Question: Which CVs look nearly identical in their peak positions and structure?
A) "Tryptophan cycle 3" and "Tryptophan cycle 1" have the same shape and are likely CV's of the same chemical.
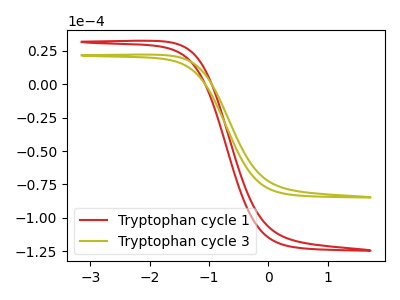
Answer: <think>The red curve "Tryptophan cycle 1" has no peaks. The olive curve "Tryptophan cycle 3" has no peaks.
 Neither "Tryptophan cycle 1" or "Tryptophan cycle 3" have any peaks.</think>
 <answer>A) "Tryptophan cycle 3" and "Tryptophan cycle 1" have the same shape and are likely CV's of the same chemical.</answer>
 <eval>A</eval>